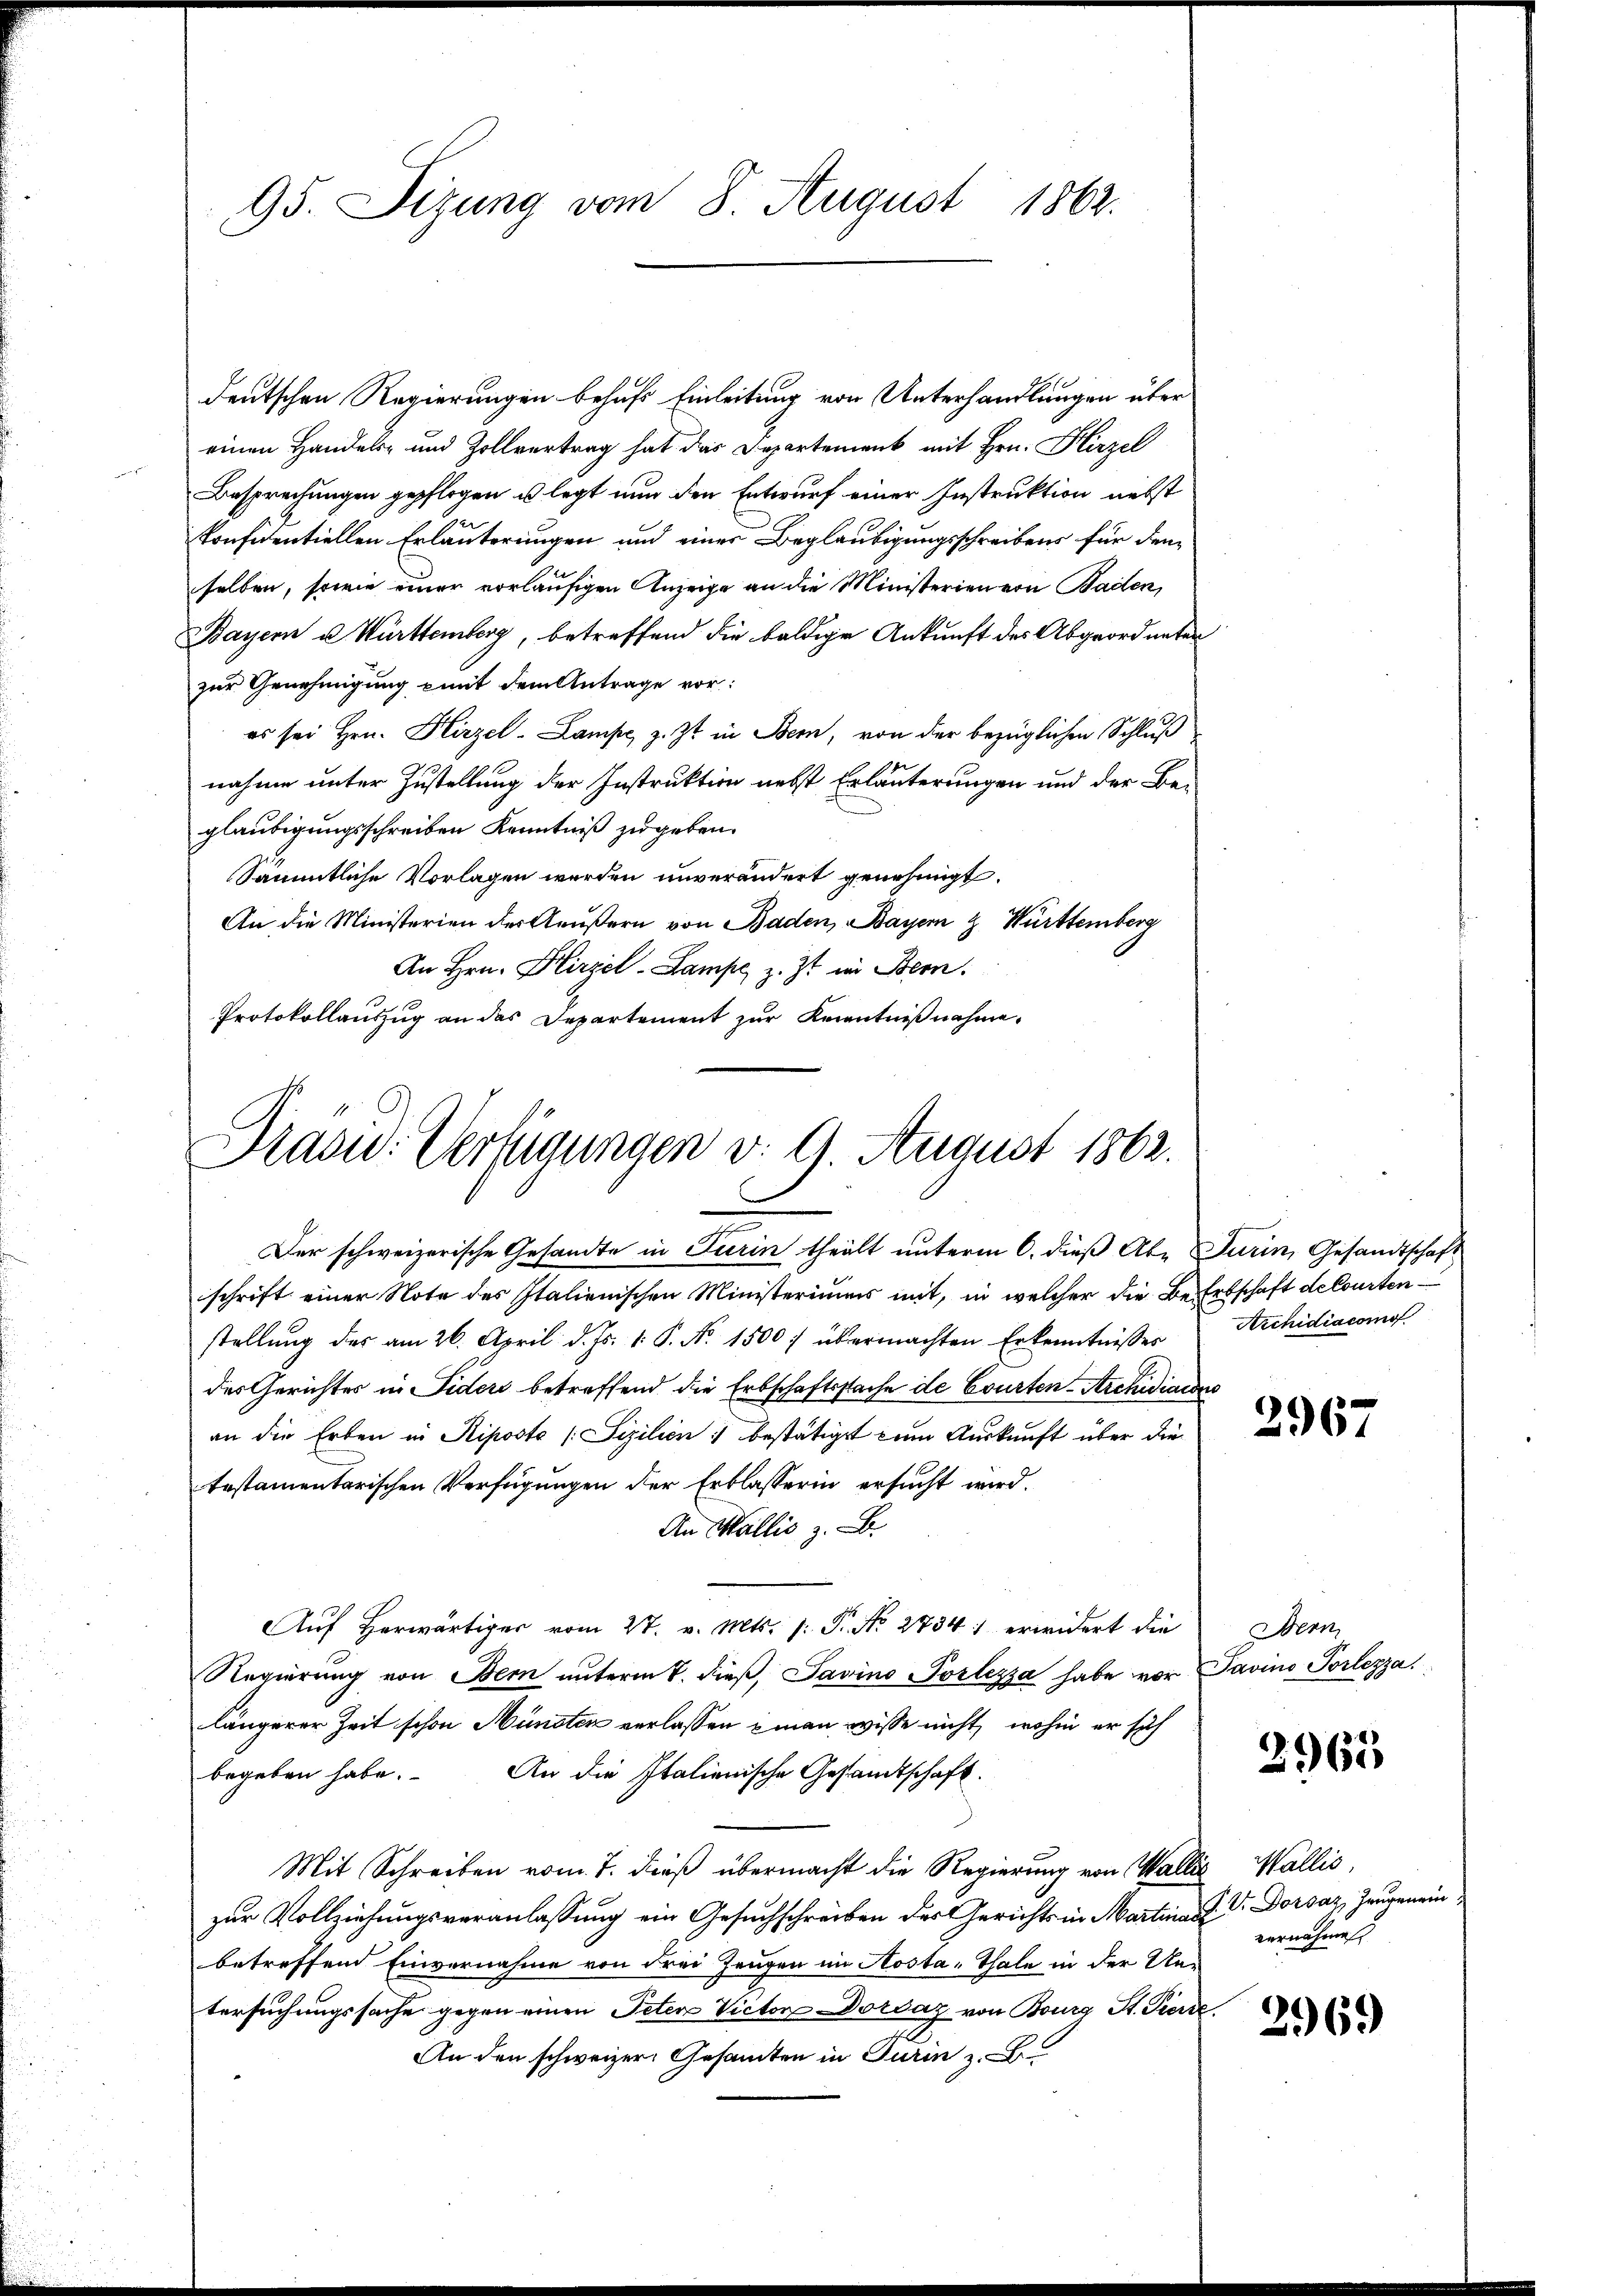
95. Sizung vom 8. August 1862.

deutschen Regierungen behufs Einleitung von Unterhandlungen über
einen Handels- und Zollvertrag hat das Departement mit Hrn. Hirzel
Besprechungen gepflogen u legt nun den Entwurf einer Instruktion nebst
Konfidentiellen Erläuterungen und einer Beglaubigungsschreibens für den
selben, sowie einer vorläufigen Anzeige an die Ministerien von Baden,
Bayern u. Württemberg, betreffend die baldige Ankunft des Abgeordneten
zur Genehmigung mit dem Antrage vor:
es sei Hrn. Hirzel-Lampe, z. Zt. in Bern, von der bezüglichen Schluß
nahme unter Zustellung der Instruktion nebst Erläuterungen und der Begläubigungsschreiben Kenntniß zu geben.
Sämmtliche Vorlagen werden unverändert genehmigt.
An die Ministerien der Aeußern von Baden, Bayern & Württemberg
An Hrn. Hirzel-Lampe, z. Zt. in Bern.
Protokollauszug an das Departement zur Kenntnißnahme.

Präsid.: Verfügungen v. 9. August 1862.

e
Der schweizerische Gesandte in Turin theilt unterm 6. dieß Aber Jurin, Gesandtschaft

schrift einer Note des Italienischen Ministeriums mit, in welcher die Be-Erbschaft decourten
stellung des am 26. April d. Js. v. P. N. 1500 übermachten Erkenntnisser Archidiacomof
des Gerichtes in Fiders betreffend die Erbschaftssache de Courten-Archidiarius
an die Erben in Riposto (Sizilien bestätiget zum Auskunft über die
testamentarischen Verfügungen der Erblasserin ersucht wird.
An Wallis z. B.
Auf Herwärtiger vom 27. v. Mts. (: P. No. 2734) erwidert die
Regierung von Bern unterm 7. dieβ, Savino Portezza habe vor Savino Porlezza
längerer Zeit schon Münsten verlassen man wisse nicht, wohin er sich
begeben habe. An die Italienische Gestandtschaft.
Mit Schreiben vom 7. dieß übermacht die Regierung von Wallis Wallis,
zur Vollziehungsveranlassung ein Gesuchschreiben des Gerichts in Martina Dr. Dorsaz, Zeugeneinbetreffend Einvernahme von drei Zeugen im Kosta-Thale in der Untersuchungssache gegen einen Peten Victor Dordaz von Bourg St. Pierre
An den schweizer Gesamten in Turin z. B

2967

Bern,

2965

vernahmen

2969